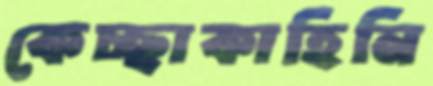
কেচ্ছাকাহিনি